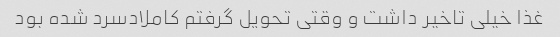
غذا خیلی تاخیر داشت و وقتی تحویل گرفتم کاملادسرد شده بود